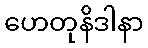
ဟေတုနိဒါနာ